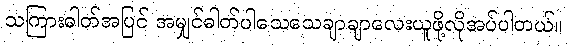
သကြားဓါတ်အပြင် အမျှင်ဓါတ်ပါသေသေချာချာလေးယူဖို့လိုအပ်ပါတယ်။